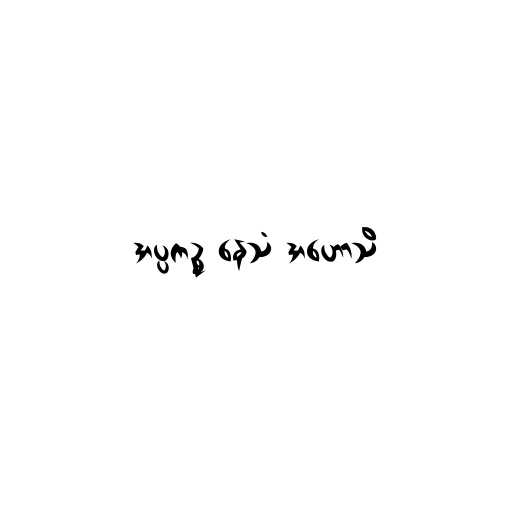
အပ္ပကဉ္စ နေသံ အဟောသိ